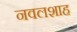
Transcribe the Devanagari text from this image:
नवलशाह